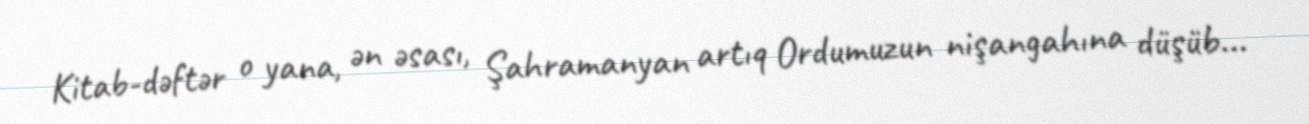
Kitab-dəftər o yana, ən əsası, Şahramanyan artıq Ordumuzun nişangahına düşüb...